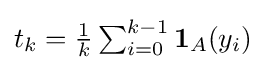
{\textstyle t_{k}={\frac {1}{k}}\sum _{i=0}^{k-1}\mathbf {1} _{A}(y_{i})}